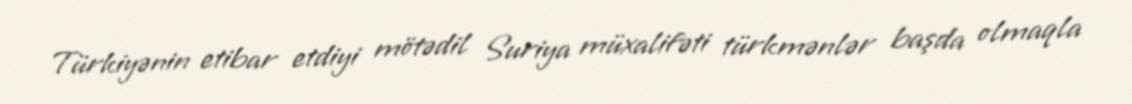
Türkiyənin etibar etdiyi mötədil Suriya müxalifəti türkmənlər başda olmaqla